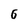
Character: 6